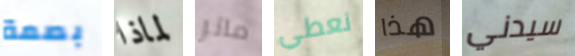
بصمة لماذا ماتر نعطي هذا سيدني